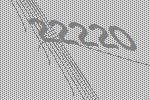
22220